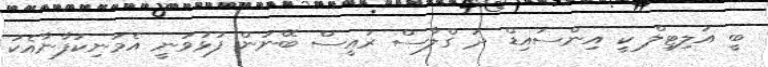
ބީ އަލިޓިލް ކީ އިންސައިޑް ދަ ގްލާސް ރައީސް ބޭނުން ފުޅުވަނީ އެމަނިކުފާނާއެކު